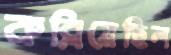
কব্‌লিয়েছিল